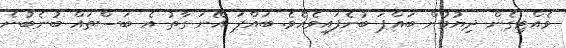
ވެއްޓިގެން ދިޔުމުން ބައްޕަ ބުނެފައިވެއެވެ. ބައްޕަ އޭނަ ގާތު އެ ބަސްތައް ބުނެބުނެ